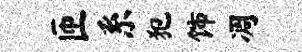
匝系犯饰凋